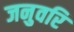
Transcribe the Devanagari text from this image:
जनुवरि